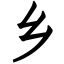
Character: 乡